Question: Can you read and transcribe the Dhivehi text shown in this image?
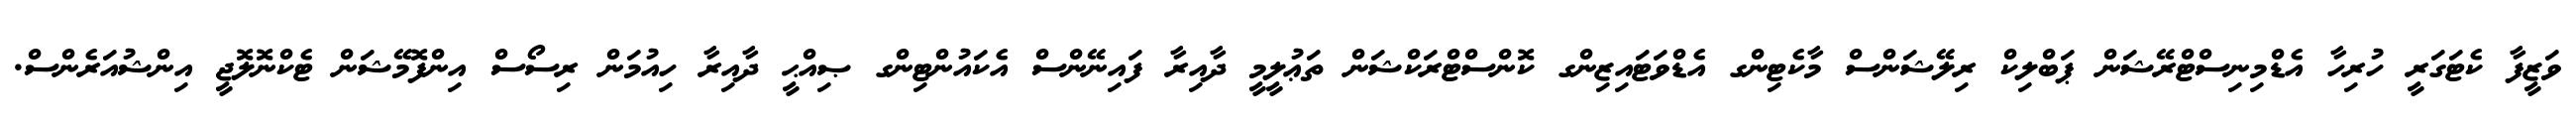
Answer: ވަޒީފާ ކެޓަގަރީ ހުރިހާ އެޑްމިނިސްޓްރޭޝަން ޕަބްލިކް ރިލޭޝަންސް މާކެޓިންގ އެޑްވަޓައިޒިންގ ކޮންސްޓްރަކްޝަން ތަޢުލީމީ ދާއިރާ ފައިނޭންސް އެކައުންޓިންގ ޞިއްޙީ ދާއިރާ ހިއުމަން ރިސޯސް އިންފޮމޭޝަން ޓެކްނޮލޮޖީ އިންޝުއަރެންސް.